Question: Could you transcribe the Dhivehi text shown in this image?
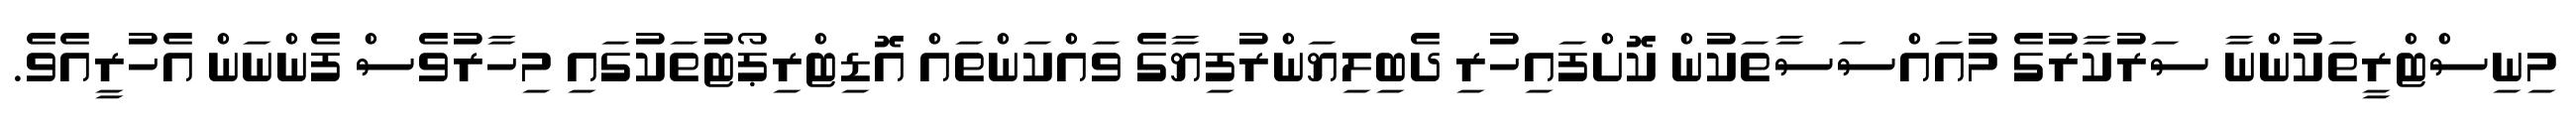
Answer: މިނިސްޓްރީތަކުންނާ ސަރުކާރުގެ މުއައްސަސާތަކުން ކޮށްފައިހުރި ދެބިލިޔަންރުފިޔާގެ ވައްކަންތައް އޮޑިޓްރިޕޯޓުތަކުގައި މިހާރުވެސް ފެންނަން އެހުރީއެވެ.